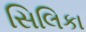
સિલિકા